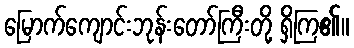
မြောက်ကျောင်းဘုန်းတော်ကြီးတို့ ရှိကြ၏။